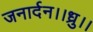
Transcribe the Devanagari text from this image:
जनार्दन।।ध्रु।।